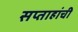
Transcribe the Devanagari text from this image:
सप्ताहांची